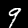
Label: 9